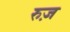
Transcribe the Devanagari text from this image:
रुज़